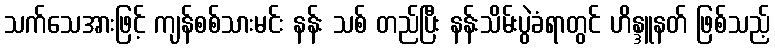
သက်သေအားဖြင့် ကျန်စစ်သားမင်း နန်း သစ် တည်ပြီး နန်းသိမ်းပွဲခံရာတွင် ဟိန္ဒူနတ် ဖြစ်သည့်